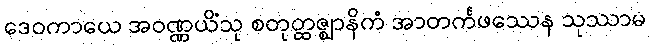
ဒေဝကာယေ အဝဏ္ဏယိံသု စတုတ္ထဇ္ဈာနိကံ အာတင်္ကဖဿေန သုဿာမ